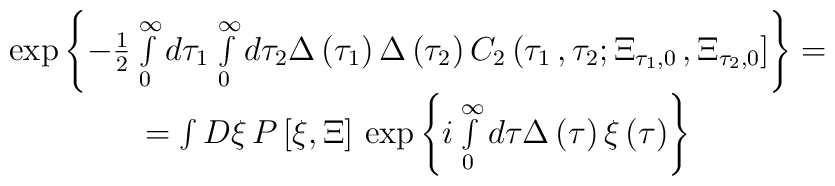
\begin{array}{c}\exp \left\{ -\frac 12\int\limits_0^\infty d\tau _1\int\limits_0^\infty d\tau _2\Delta\left( \tau _1\right) \Delta \left( \tau _2\right) C_2\left( \tau _1\,,\tau_2;\Xi _{\tau _1,0}\,,\Xi _{\tau _2,0}\right] \right\} = \\ =\int D\xi\,P\left[ \xi ,\Xi \right] \,\exp \left\{ i\int\limits_0^\infty d\tau \Delta\left( \tau \right) \xi \left( \tau \right) \right\}\end{array}